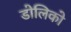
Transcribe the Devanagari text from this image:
डोलिको